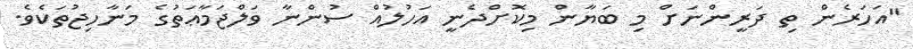
"އަހަރެން ތި ދަރީންނަށް މި ބަޔާން މިކޮށްދެނީ އަހުލުއް ސުންނާ ވަލްޖަމާޢަތުގެ މަނާހިޖުތަކެވެ.